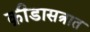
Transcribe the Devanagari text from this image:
क्रीडासत्रात